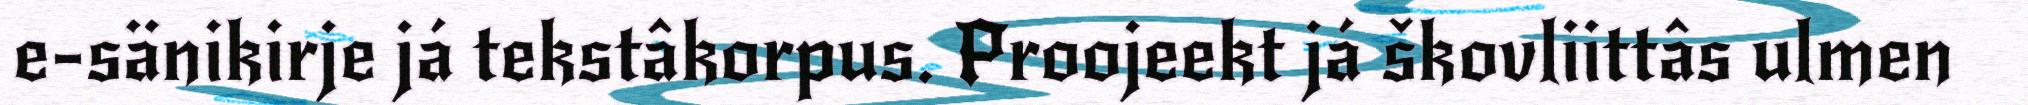
e-sänikirje já tekstâkorpus. Proojeekt já škovliittâs ulmen